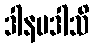
ဒါနမဒါသိ